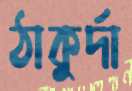
ঠাকুর্দা